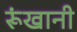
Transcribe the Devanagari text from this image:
रूंखानी